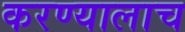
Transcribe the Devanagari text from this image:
करण्यालाच